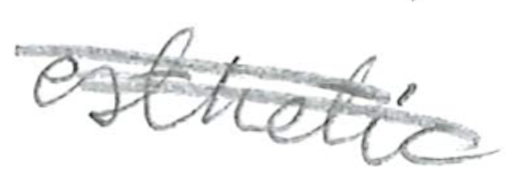
Text: esthetic
Cross-out: mix
Writing tool: pencil